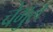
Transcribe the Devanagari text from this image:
चेमुल